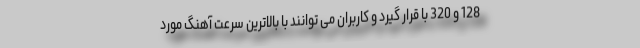
128 و 320 با قرار گیرد و کاربران می توانند با بالاترین سرعت آهنگ مورد